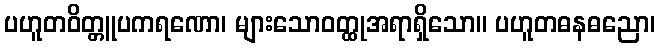
ပဟူတဝိတ္တူပကရဏော၊ များသောဝတ္ထုအရာရှိသော။ ပဟူတဓနဓညော၊